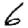
Digit: 6